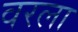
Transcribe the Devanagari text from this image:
वरला